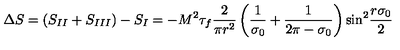
\Delta S = ( S _ { I I } + S _ { I I I } ) - S _ { I } = - M ^ { 2 } \tau _ { f } \frac { 2 } { \pi r ^ { 2 } } \left( \frac { 1 } { \sigma _ { 0 } } + \frac { 1 } { 2 \pi - \sigma _ { 0 } } \right) { \sin } ^ { 2 } \frac { r \sigma _ { 0 } } { 2 }